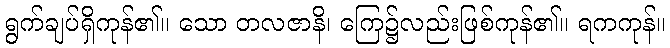
ရွက်ချပ်ရှိကုန်၏။ သော တလဇာနိ၊ ကြေ၌လည်းဖြစ်ကုန်၏။ ရကကုန်။